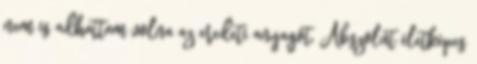
nem is adhattam volna az eredeti anyagot. Abszolút életképes